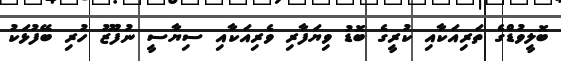
ބޮލީވުޑްގެ ތަރިއަކާއި ކުރީގެ ބޮޑު ވިޔަފާރި ވެރިއަކާއި ސިޔާސީ ނުފޫޒު ހުރި ބޭފުޅަކު